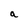
Character: a